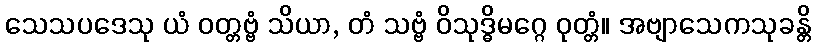
သေသပဒေသု ယံ ဝတ္တဗ္ဗံ သိယာ, တံ သဗ္ဗံ ဝိသုဒ္ဓိမဂ္ဂေ ဝုတ္တံ။ အဗျာသေကသုခန္တိ